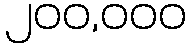
၂၀၀,၀၀၀